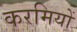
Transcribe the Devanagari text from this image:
करमियों